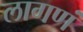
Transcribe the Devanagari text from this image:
लागणं